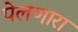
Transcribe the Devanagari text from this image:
पेलणारा